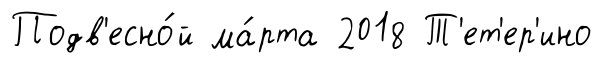
Подв'есно́й ма́рта 2018 Т'ет'ер'ино